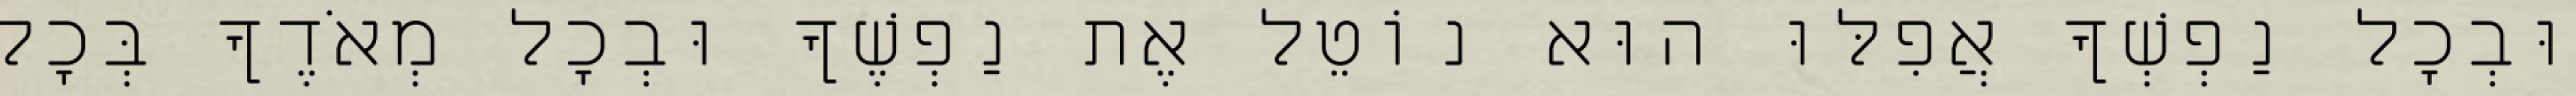
וּבְכָל נַפְשְׁךָ אֲפִלּוּ הוּא נוֹטֵל אֶת נַפְשֶׁךָ וּבְכָל מְאֹדֶךָ בְּכָל